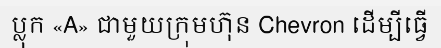
ប្លុក «A» ជាមួយក្រុមហ៊ុន Chevron ដើម្បីធ្វើ